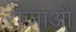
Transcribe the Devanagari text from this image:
राजाऔ